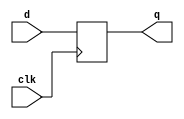
`define REG_DELAY 1
module dff(q, clk, d);
    input clk, d;
    output q;
    reg q;
    always @(posedge clk)
        q <= #(`REG_DELAY) d;
endmodule